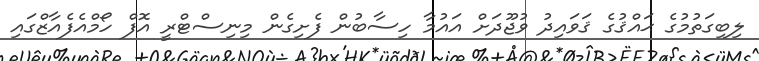
ލިބިގަތުމުގެ ޙައްޤުގެ ޤަވައިދު ވުޖޫދަށް އައުމާ ހިސާބުން ފެށިގެން މިނިސްޓްރީ އޮފް ހޯމްއެފެއާޒްގައި